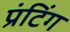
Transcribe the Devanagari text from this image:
प्रंटिंग